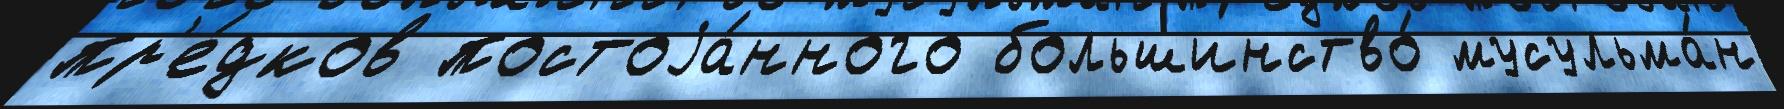
пр'е́дков постоjа́нного большинство́ мусульма́н